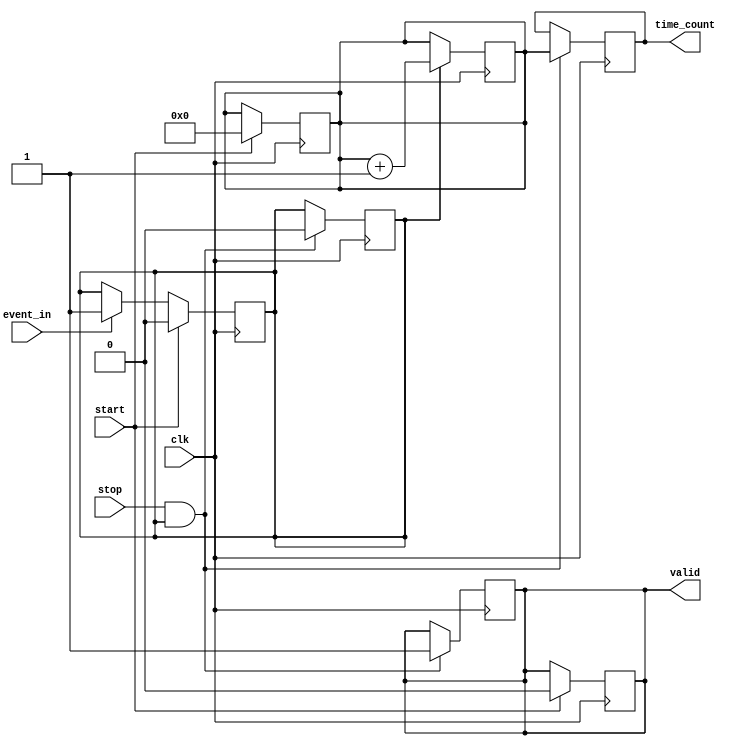
module TDC (
    input wire clk,                // High-frequency clock from PLL
    input wire start,              // Start signal for measurement
    input wire stop,               // Stop signal for measurement
    input wire event_in,           // Input event signal
    output reg [15:0] time_count,  // Digital output representing time interval
    output reg valid               // Output valid signal
);

    // Parameters
    parameter DELAY_LINE_SIZE = 16; // Number of delay elements
    reg [DELAY_LINE_SIZE-1:0] delay_line; // Delay line for time bins
    reg [15:0] counter;              // Time counter
    reg event_detected;              // Flag for event detection

    // Event Detection Logic
    always @(posedge clk) begin
        if (start) begin
            counter <= 0;
            valid <= 0;
            event_detected <= 0;
            delay_line <= 0;
        end else if (event_in) begin
            event_detected <= 1;
            delay_line <= {delay_line[DELAY_LINE_SIZE-2:0], 1'b1}; // Shift in event
        end
    end

    // Time Measurement Core
    always @(posedge clk) begin
        if (event_detected) begin
            counter <= counter + 1; // Increment counter on each clock cycle
        end
    end

    // Final Measurement Logic
    always @(posedge clk) begin
        if (stop && event_detected) begin
            time_count <= counter; // Latch counter value on stop signal
            valid <= 1;            // Indicate valid output
            event_detected <= 0;   // Reset event detection
        end
    end

endmodule